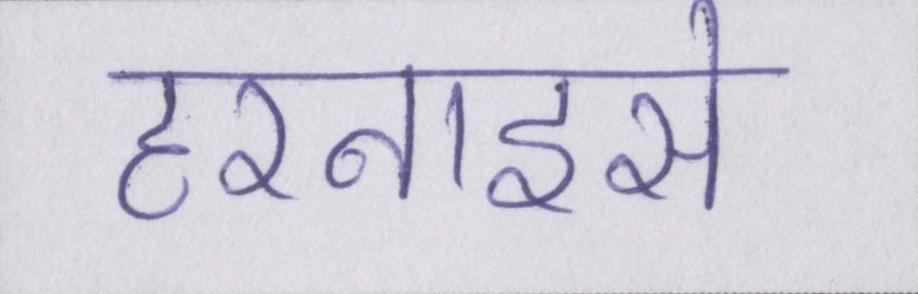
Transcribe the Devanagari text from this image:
हरनाइसे